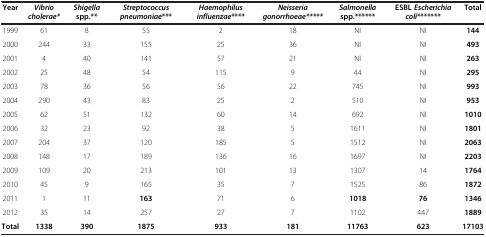
| Year | Vibrio cholerae* | Shigella spp.** | Streptococcus pneumoniae*** | Haemophilus influenzae**** | Neisseria gonorrhoeae***** | Salmonella spp.****** | ESBL Escherichia coli******* | Total |
 | --- | --- | --- | --- | --- | --- | --- | --- | --- |
 | 1999 | 61 | 8 | 55 | 2 | 18 | NI | NI | 144 |
 | 2000 | 244 | 33 | 155 | 25 | 36 | NI | NI | 493 |
 | 2001 | 4 | 40 | 141 | 57 | 21 | NI | NI | 263 |
 | 2002 | 25 | 48 | 54 | 115 | 9 | 44 | NI | 295 |
 | 2003 | 78 | 36 | 56 | 56 | 22 | 745 | NI | 993 |
 | 2004 | 290 | 43 | 83 | 25 | 2 | 510 | NI | 953 |
 | 2005 | 62 | 51 | 132 | 60 | 14 | 692 | NI | 1010 |
 | 2006 | 32 | 23 | 92 | 38 | 5 | 1611 | NI | 1801 |
 | 2007 | 204 | 37 | 120 | 185 | 5 | 1512 | NI | 2063 |
 | 2008 | 148 | 17 | 189 | 136 | 16 | 1697 | NI | 2203 |
 | 2009 | 109 | 20 | 213 | 101 | 13 | 1307 | 14 | 1764 |
 | 2010 | 45 | 9 | 165 | 35 | 7 | 1525 | 86 | 1872 |
 | 2011 | 1 | 11 | 163 | 71 | 6 | 1018 | 76 | 1346 |
 | 2012 | 35 | 14 | 257 | 27 | 7 | 1102 | 447 | 1889 |
 | Total | 1338 | 390 | 1875 | 933 | 181 | 11763 | 623 | 17103 |